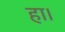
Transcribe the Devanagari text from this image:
हा।